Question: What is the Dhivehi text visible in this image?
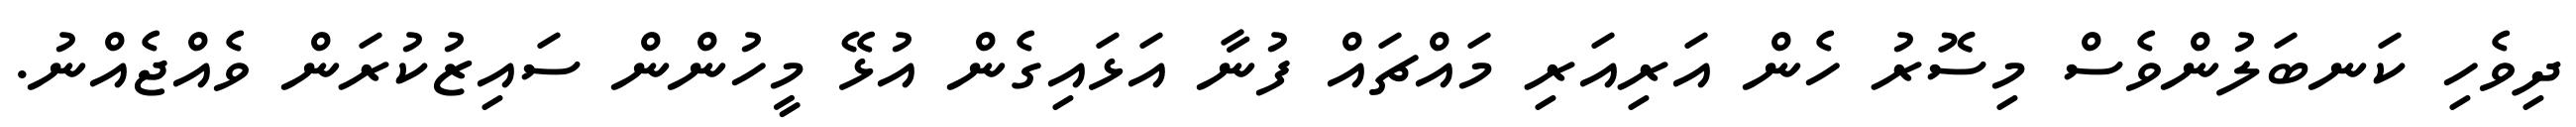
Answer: ދިވެހި ކަނބަލުންވެސް މިސޮރު ހެން އަރިއަރި މައްޗައް ފުނާ އަޅައިގެން އުޅޭ މީހުންން ސައިޒުކުރަން ވެއްޖެއްނު.